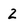
Character: 2